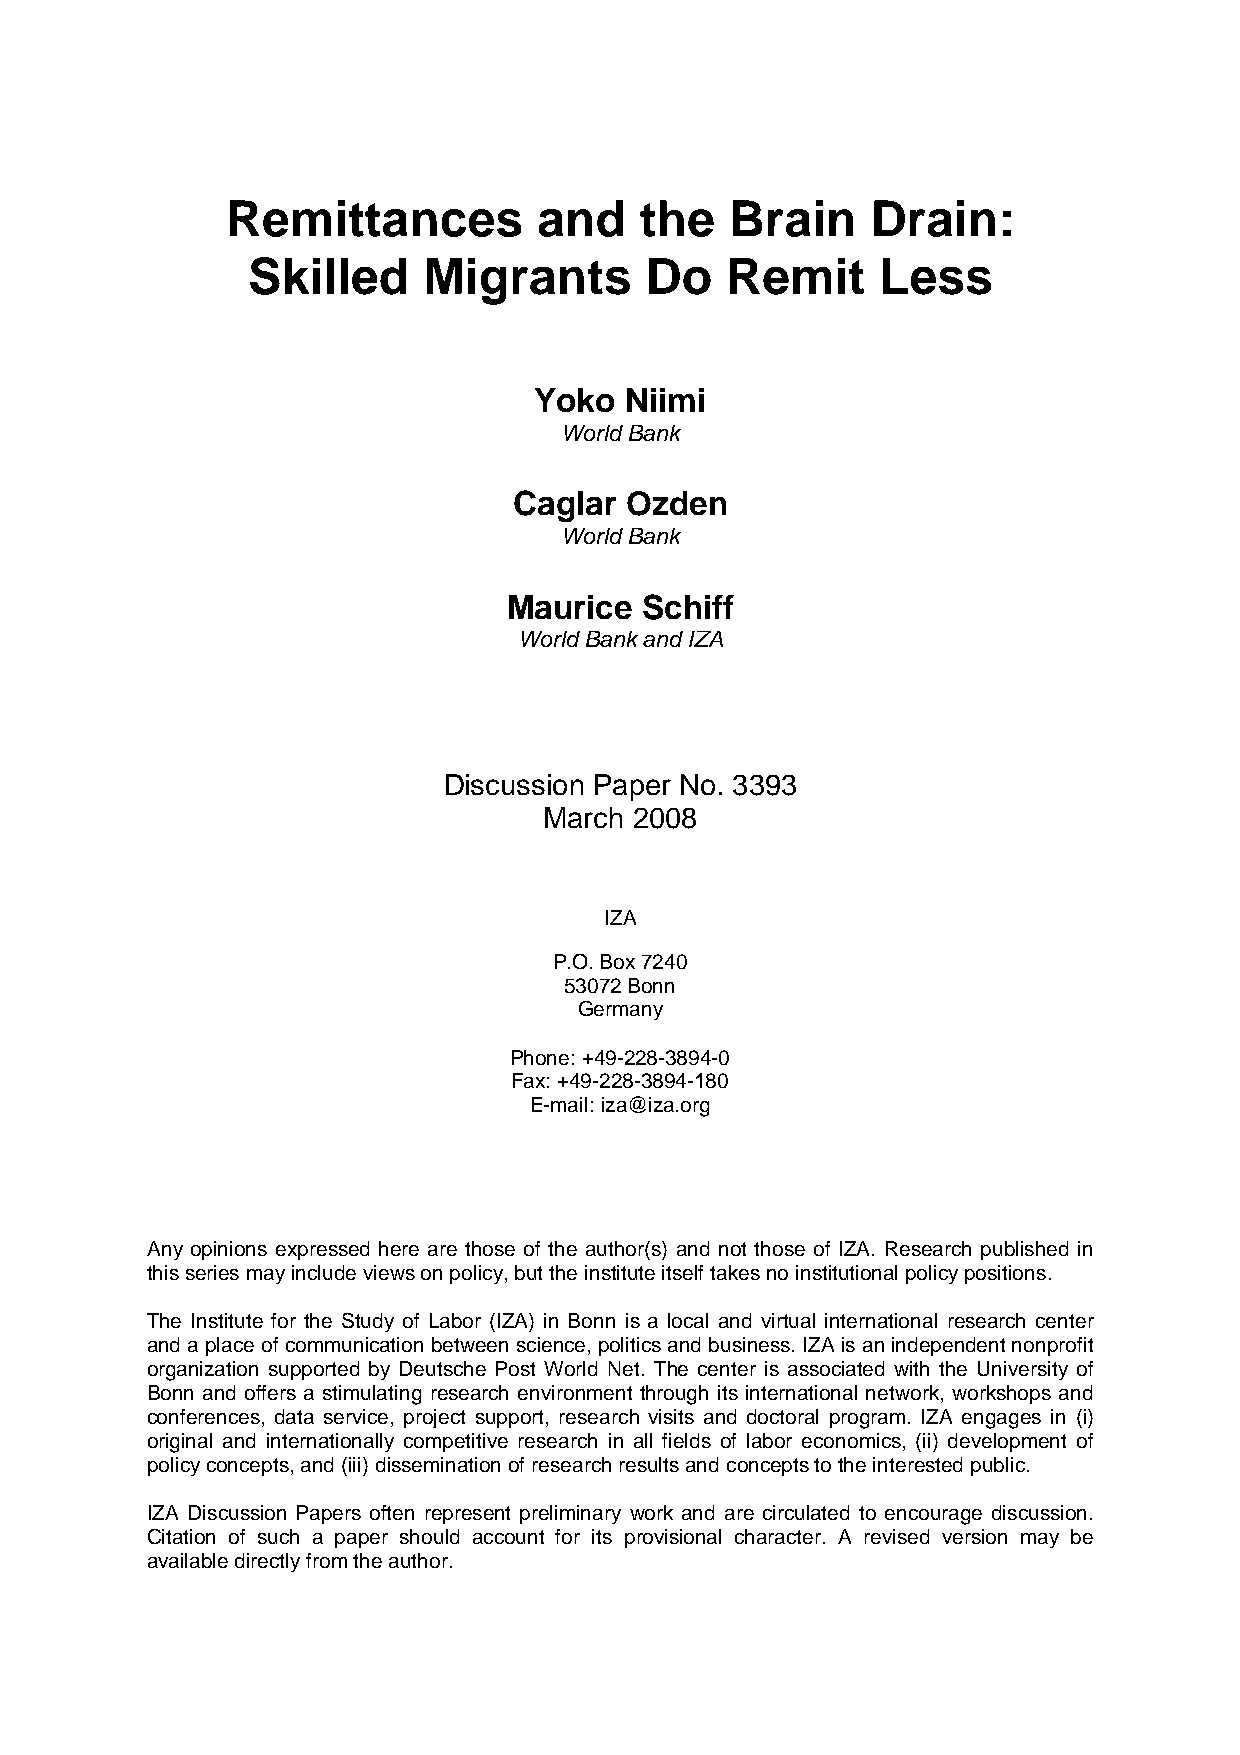
Remittances          and   the   Brain     Drain:
 Skilled     Migrants       Do   Remit     Less
 Yoko  Niimi
 World Bank
 Caglar Ozden
 World Bank
 Maurice Schiff
 World Bank and IZA
 Discussion Paper No. 3393
 March 2008
 IZA
 P.O. Box 7240
 53072 Bonn
 Germany
 Phone: +49-228-3894-0
 Fax: +49-228-3894-180
 E-mail: iza@iza.org
 Any opinions expressed here are those of the author(s) and not those of IZA. Research published in
 this series may include views on policy, but the institute itself takes no institutional policy positions.
 The Institute for the Study of Labor (IZA) in Bonn is a local and virtual international research center
 and a place of communication between science, politics and business. IZA is an independent nonprofit
 organization supported by Deutsche Post World Net. The center is associated with the University of
 Bonn and offers a stimulating research environment through its international network, workshops and
 conferences, data service, project support, research visits and doctoral program. IZA engages in (i)
 original and internationally competitive research in all fields of labor economics, (ii) development of
 policy concepts, and (iii) dissemination of research results and concepts to the interested public.
 IZA Discussion Papers often represent preliminary work and are circulated to encourage discussion.
 Citation of such a paper should account for its provisional character. A revised version may be
 available directly from the author.